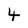
Character: 4